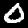
Label: 0